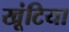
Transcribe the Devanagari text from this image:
खूंटिया